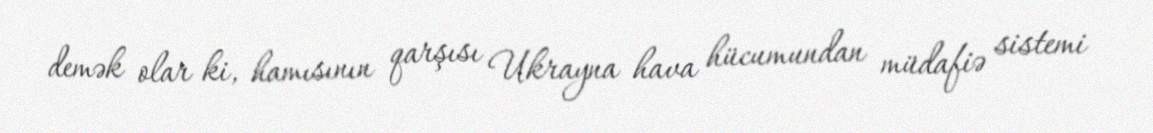
demək olar ki, hamısının qarşısı Ukrayna hava hücumundan müdafiə sistemi